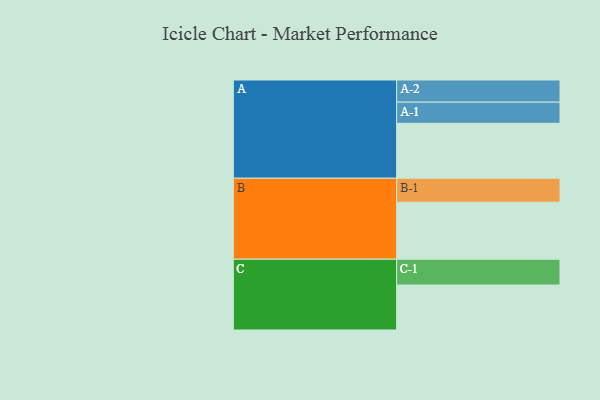
{"axis": {"x": "Segment", "y": "Value"}, "legend": ["", "A", "B", "C"], "data": [{"x": "A", "y": 568, "type": ""}, {"x": "B", "y": 590, "type": ""}, {"x": "C", "y": 465, "type": ""}, {"x": "A-1", "y": 219, "type": "A"}, {"x": "A-2", "y": 229, "type": "A"}, {"x": "B-1", "y": 248, "type": "B"}, {"x": "C-1", "y": 267, "type": "C"}]}